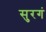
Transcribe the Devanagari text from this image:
सुरगं